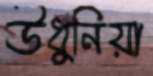
উধুনিয়া